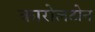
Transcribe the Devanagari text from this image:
कारोलटोन